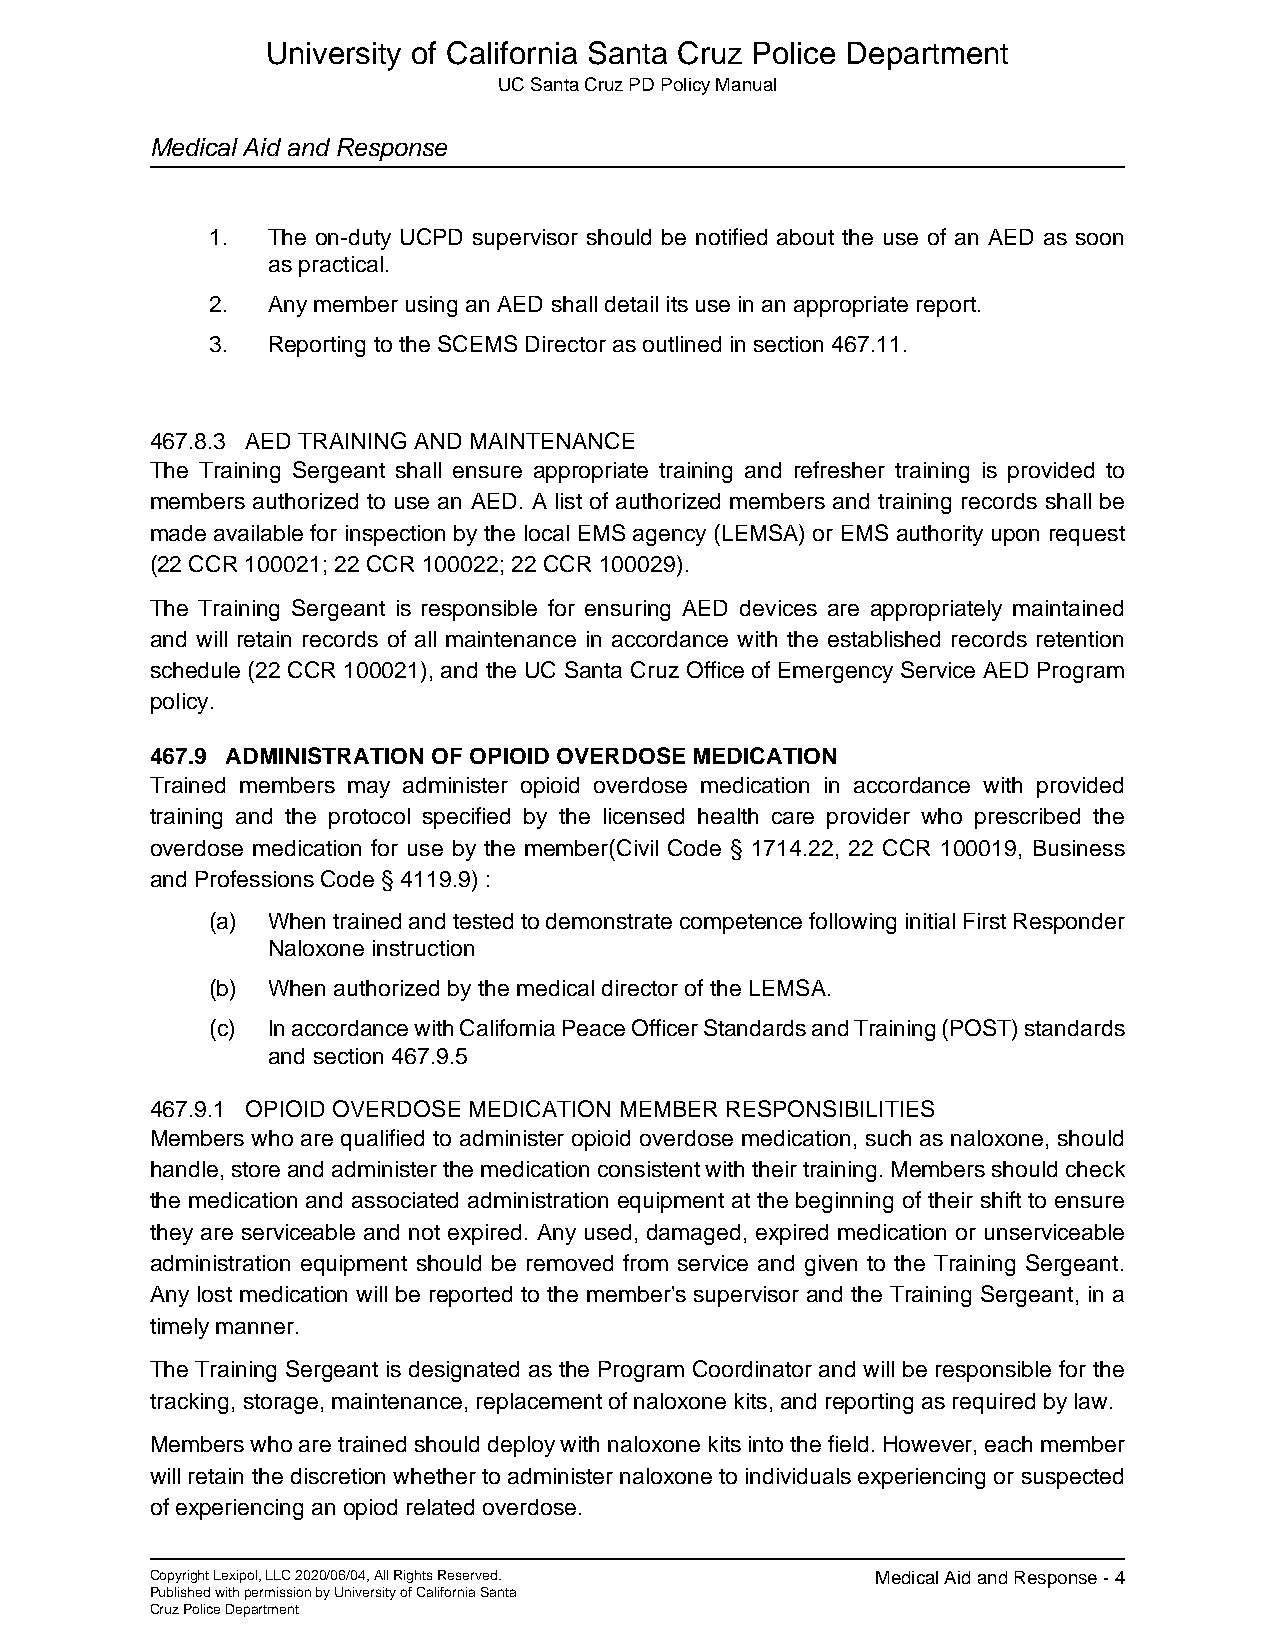
University of California Santa Cruz Police Department
 UC Santa Cruz PD Policy Manual
 Medical Aid and Response
 1.  The on-duty UCPD supervisor should be notified about the use of an AED as soon
 as practical.
 2.  Any member using an AED shall detail its use in an appropriate report.
 3.  Reporting to the SCEMS Director as outlined in section 467.11.
 467.8.3 AED TRAINING AND MAINTENANCE
 The Training Sergeant shall ensure appropriate training and refresher training is provided to
 members authorized to use an AED. A list of authorized members and training records shall be
 made available for inspection by the local EMS agency (LEMSA) or EMS authority upon request
 (22 CCR 100021; 22 CCR 100022; 22 CCR 100029).
 The Training Sergeant is responsible for ensuring AED devices are appropriately maintained
 and will retain records of all maintenance in accordance with the established records retention
 schedule (22 CCR 100021), and the UC Santa Cruz Office of Emergency Service AED Program
 policy.
 467.9 ADMINISTRATION OF OPIOID OVERDOSE MEDICATION
 Trained members may administer opioid overdose medication in accordance with provided
 training and the protocol specified by the licensed health care provider who prescribed the
 overdose medication for use by the member(Civil Code § 1714.22, 22 CCR 100019, Business
 and Professions Code § 4119.9) :
 (a) When trained and tested to demonstrate competence following initial First Responder
 Naloxone instruction
 (b) When authorized by the medical director of the LEMSA.
 (c) In accordance with California Peace Officer Standards and Training (POST) standards
 and section 467.9.5
 467.9.1 OPIOID OVERDOSE MEDICATION MEMBER RESPONSIBILITIES
 Members who are qualified to administer opioid overdose medication, such as naloxone, should
 handle, store and administer the medication consistent with their training. Members should check
 the medication and associated administration equipment at the beginning of their shift to ensure
 they are serviceable and not expired. Any used, damaged, expired medication or unserviceable
 administration equipment should be removed from service and given to the Training Sergeant.
 Any lost medication will be reported to the member's supervisor and the Training Sergeant, in a
 timely manner.
 The Training Sergeant is designated as the Program Coordinator and will be responsible for the
 tracking, storage, maintenance, replacement of naloxone kits, and reporting as required by law.
 Members who are trained should deploy with naloxone kits into the field. However, each member
 will retain the discretion whether to administer naloxone to individuals experiencing or suspected
 of experiencing an opiod related overdose.
 Copyright Lexipol, LLC 2020/06/04, All Rights Reserved. Medical Aid and Response - 4
 Published with permission by University of California Santa
 Cruz Police Department